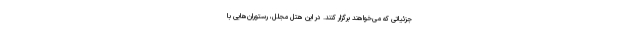
جزئیاتی که می‌خواهند برگزار کنند. در این هتل مجلل، رستوران‌هایی با